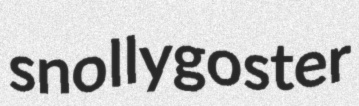
snollygoster